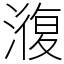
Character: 澓